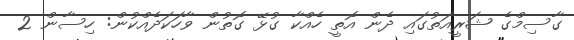
ގާސިމްގެ ޝަރީއަތުގައި ދެން އޮތީ ހެއްކާ ގުޅޭ ގޮތުން ވާހަކަދެއްކުން: ހިސާން 2